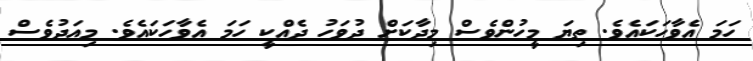
ހަމަ އެވާހަކައެވެ. ތިޔަ މީހުންވެސް މިދާކަށް ދުވަހު ދެއްކީ ހަމަ އެވާހަކައެވެ. މިއަދުވެސް